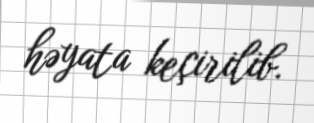
həyata keçirilib.